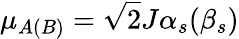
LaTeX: \mu_{A(B)}=\sqrt{2}J\alpha_{s}(\beta_{s})